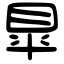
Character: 臯